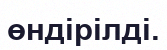
өндірілді.